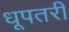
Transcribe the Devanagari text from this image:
धूपतरी